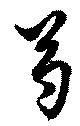
芍